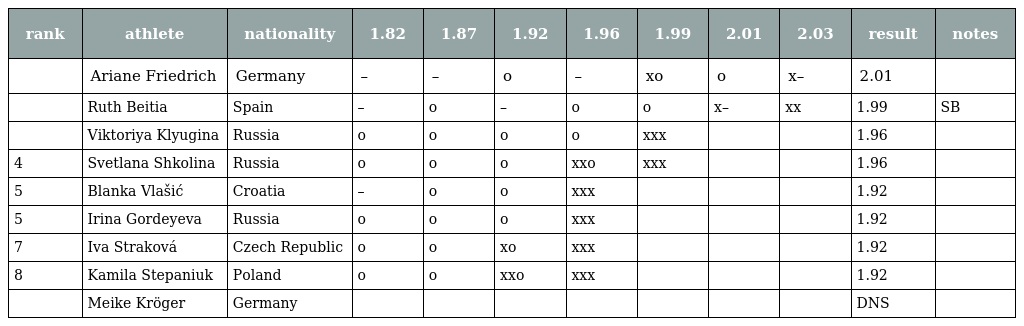
| rank | athlete | nationality | 1.82 | 1.87 | 1.92 | 1.96 | 1.99 | 2.01 | 2.03 | result | notes |
 | --- | --- | --- | --- | --- | --- | --- | --- | --- | --- | --- | --- |
 |  | Ariane Friedrich | Germany | – | – | o | – | xo | o | x– | 2.01 |  |
 |  | Ruth Beitia | Spain | – | o | – | o | o | x– | xx | 1.99 | SB |
 |  | Viktoriya Klyugina | Russia | o | o | o | o | xxx |  |  | 1.96 |  |
 | 4 | Svetlana Shkolina | Russia | o | o | o | xxo | xxx |  |  | 1.96 |  |
 | 5 | Blanka Vlašić | Croatia | – | o | o | xxx |  |  |  | 1.92 |  |
 | 5 | Irina Gordeyeva | Russia | o | o | o | xxx |  |  |  | 1.92 |  |
 | 7 | Iva Straková | Czech Republic | o | o | xo | xxx |  |  |  | 1.92 |  |
 | 8 | Kamila Stepaniuk | Poland | o | o | xxo | xxx |  |  |  | 1.92 |  |
 |  | Meike Kröger | Germany |  |  |  |  |  |  |  | DNS |  |